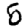
Digit: 5